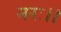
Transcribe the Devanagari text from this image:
नरः।।